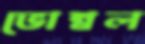
ভোম্বল